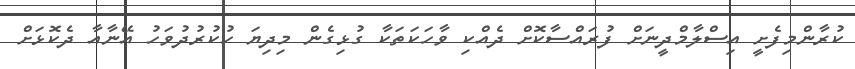
ކުރާންމިފެށީ އިސްލާމްދީނަށް ފުރައްސާކޮށް ދެއްކި ވާހަކަތަކާ ގުޅިގެން މިދިޔަ ހުކުރުދުވަހު އޭނާއާ ދެކޮޅަށް